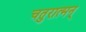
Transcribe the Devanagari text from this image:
चतुरात्मन्